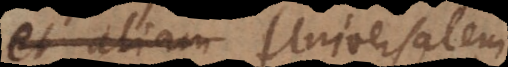
et aliam Universalem